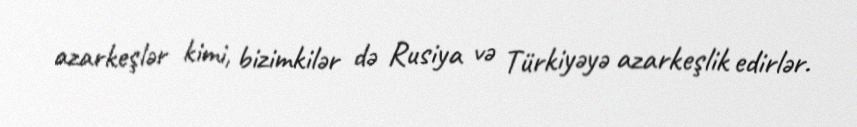
azarkeşlər kimi, bizimkilər də Rusiya və Türkiyəyə azarkeşlik edirlər.